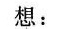
想：